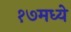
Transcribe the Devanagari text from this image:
१७मध्ये